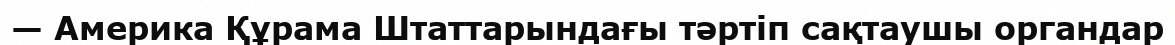
— Америка Құрама Штаттарындағы тәртіп сақтаушы органдар